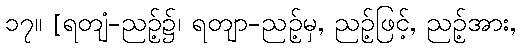
၁၇။ [ရတျံ-ညဉ့်၌၊ ရတျာ-ညဉ့်မှ, ညဉ့်ဖြင့်, ညဉ့်အား,